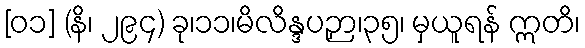
[၀၁] (နိ၊ ၂၉၄) ခု၊၁၁၊မိလိန္ဒပဉှာ၊၃၅၊ မှယူရန် ဣတိ၊